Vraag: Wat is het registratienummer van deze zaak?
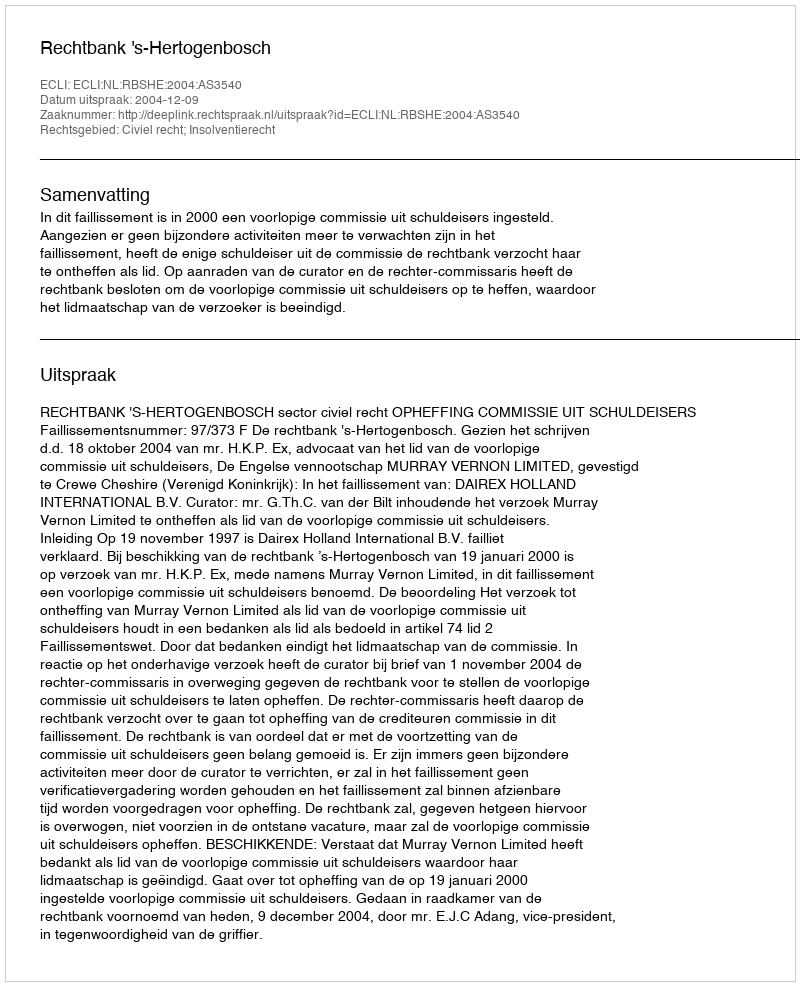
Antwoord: http://deeplink.rechtspraak.nl/uitspraak?id=ECLI:NL:RBSHE:2004:AS3540